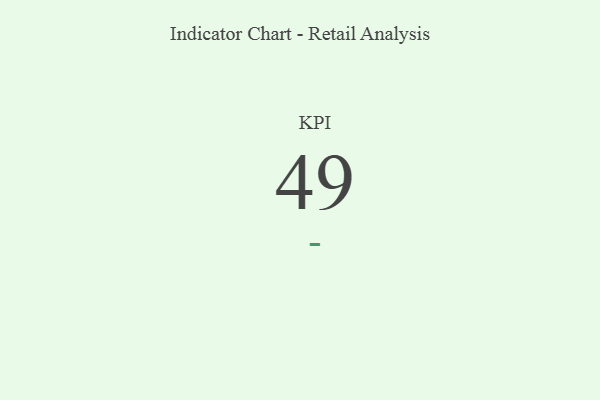
{"axis": {"x": "KPI", "y": "Value"}, "legend": [""], "data": [{"x": "KPI", "y": 49, "type": ""}]}